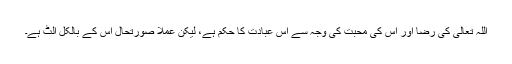
اللہ تعالیٰ کی رضا اور اُس کی محبت کی وجہ سے اس عبادت کا حکم ہے، لیکن عملاً صورتحال اس کے بالکل الٹ ہے۔